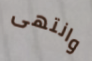
وانتهى